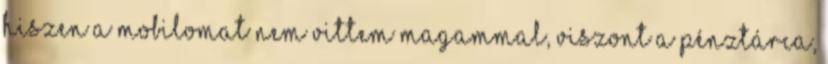
hiszen a mobilomat nem vittem magammal, viszont a pénztárca,